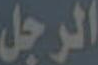
الرجل